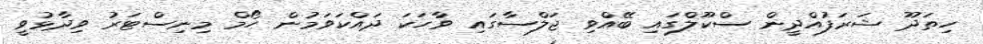
ހިތަދޫ ޝަރަފުއްދީން ސްކޫލްގައި ބޭއްވި ޖަލްސާގައި ވާހަކަ ދައްކަވަމުން ހޯމް މިނިސްޓަރު ވިދާޅުވީ